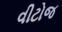
વીટોજ